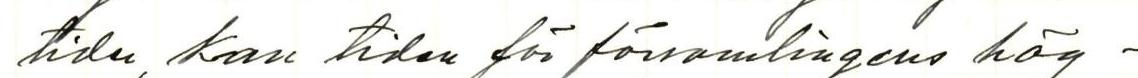
tiden, kan tiden för församlingens hög-